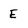
Character: E